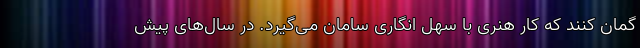
گمان کنند که کار هنری با سهل انگاری سامان می‌گیرد. در سال‌های پیش